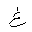
Letter: _gayn